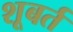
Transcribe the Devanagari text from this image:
शूबर्त